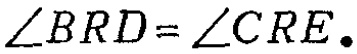
\(\angle BRD=\angle CRE.\)